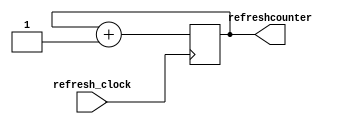
module refreshcounter(
input refresh_clock,
output reg [1:0] refreshcounter= 0
);
always@(posedge refresh_clock) refreshcounter<= refreshcounter+1;

endmodule